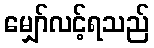
မျှော်လင့်ရသည်